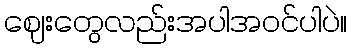
ဈေးတွေလည်းအပါအဝင်ပါပဲ။